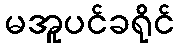
မအူပင်ခရိုင်